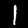
Label: 1